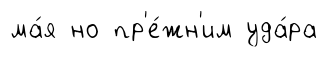
ма́я но пр'е́жн'им уда́ра